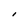
Character: I